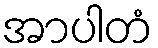
အာပါတံ